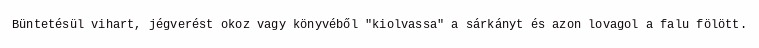
Büntetésül vihart, jégverést okoz vagy könyvéből "kiolvassa" a sárkányt és azon lovagol a falu fölött.